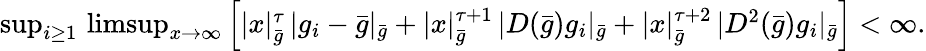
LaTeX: \begin{array}{r}{\operatorname*{sup}_{i\geq 1}\, \operatorname*{limsup}_{x\to\infty}\left[|x|_{\bar{g}}^{\tau}\, |g_{i}-\bar{g}|_{\bar{g}}+|x|_{\bar{g}}^{\tau+1}\, |D(\bar{g})g_{i}|_{\bar{g}}+|x|_{\bar{g}}^{\tau+2}\, |D^{2}(\bar{g})g_{i}|_{\bar{g}}\right]<\infty.}\end{array}